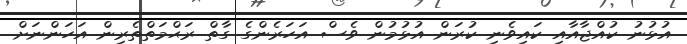
އުޅުނު ކުއްޖާއާއި ކައިވެނި ކުރަން އުޅުމުން ވެސް އަހަރެންގެ ގާތް ރަޙްމަތްތެރިން އަހަންނަށް